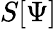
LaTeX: S[\Psi]